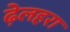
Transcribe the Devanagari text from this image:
ढ़ेलहरा